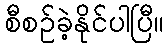
စီစဉ်ခဲ့နိုင်ပါပြီ။